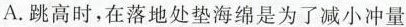
A.跳高时，在落地处垫海绵是为了减小冲量